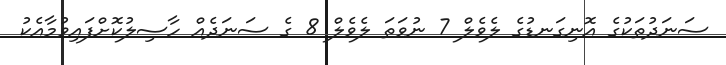
ސަނަދުތަކުގެ އޮނިގަނޑުގެ ލެވެލް 7 ނުވަތަ ލެވެލް 8 ގެ ސަނަދެއް ހާސިލުކޮށްފައިވުމާއެކު